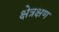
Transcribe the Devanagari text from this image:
क्षेत्रक्षण